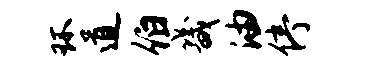
环道伯畿油停